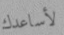
لأساعدك